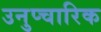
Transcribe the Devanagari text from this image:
उनुप्चारिक